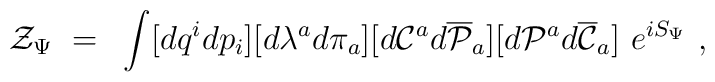
{\cal Z}_{\Psi}~=~ \int [d q^{i} d p_{i}][d \lambda^{a} d \pi_{a}]         [ d {\cal C}^{a} d {\overline{\cal P}}_{a} ]         [ d {\cal P}^{a} d {\overline{\cal C}}_{a} ]~          e^{iS_{\Psi}}~,